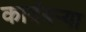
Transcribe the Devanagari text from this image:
कादंबऱ्‍या